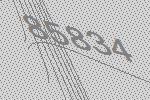
85834